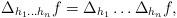
LaTeX: \begin{align*} \Delta_{h_{1} \ldots h_{n}}f=\Delta_{h_{1}}\ldots \Delta_{h_{n}}f, \end{align*}